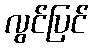
လွင်ပြင်